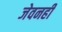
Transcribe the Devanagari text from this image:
जेवनही